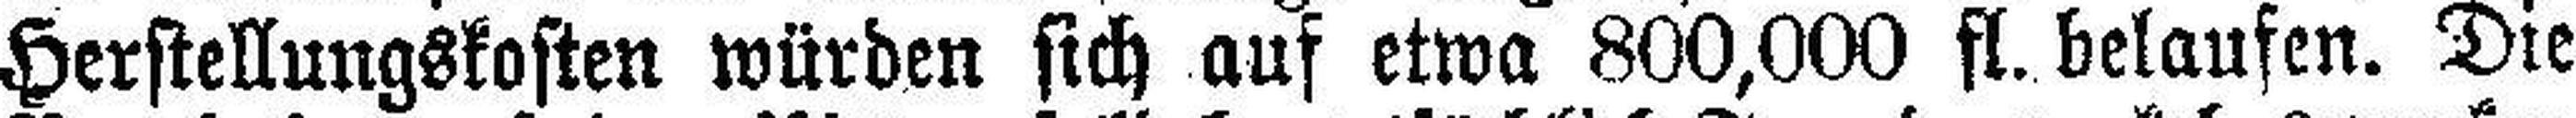
Herstellungskosten würden sich auf etwa 800,000 fl. belaufen. Die